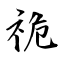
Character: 祪